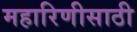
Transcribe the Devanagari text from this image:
महारिणीसाठी